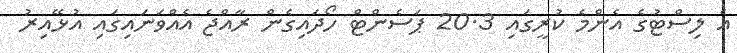
އެ ލިސްޓުގެ އެންމެ ކުރީގައި 20.3 ޕަސެންޓް ހޯދައިގެން ރާއްޖެ އެއްވަނައިގައި އުޅޭއިރު